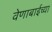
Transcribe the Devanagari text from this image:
वेणाबाईच्या